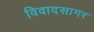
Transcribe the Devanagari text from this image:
विवादसागर